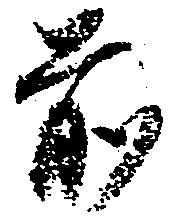
前